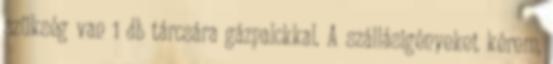
szükség van 1 db tárcsára gázpalckkal. A szállásigényeket kérem,